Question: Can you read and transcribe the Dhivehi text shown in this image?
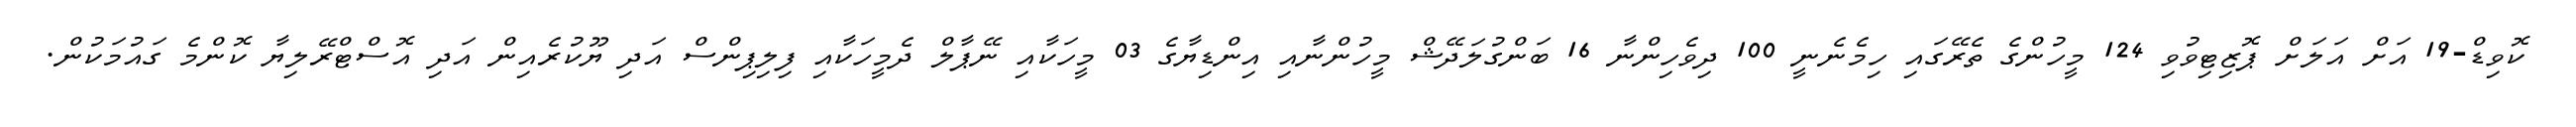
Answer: ކޮވިޑް-19 އަށް އަލަށް ޕޮޒިޓިވުވި 124 މީހުންގެ ތެރޭގައި ހިމެނެނީ 100 ދިވެހިންނާ 16 ބަންގުލަދޭޝް މީހުންނާއި އިންޑިޔާގެ 03 މީހަކާއި ނޭޕާލް ދެމީހަކާއި ފިލިޕިންސް އަދި ޔޫކުރެއިން އަދި އޮސްޓްރޭލިޔާ ކޮންމެ ގައުމަކުން.